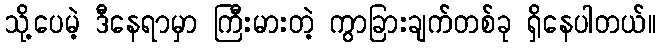
သို့ပေမဲ့ ဒီနေရာမှာ ကြီးမားတဲ့ ကွာခြားချက်တစ်ခု ရှိနေပါတယ်။